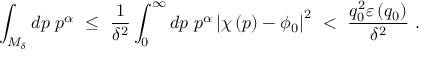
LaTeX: \int _ { M _ { \delta } } d p \; p ^ { \alpha } \ \leq \ \frac { 1 } { \delta ^ { 2 } } \int _ { 0 } ^ { \infty } d p \; p ^ { \alpha } \left| \chi \left( p \right) - \phi _ { 0 } \right| ^ { 2 } \ < \ \frac { q _ { 0 } ^ { 2 } \varepsilon \left( q _ { 0 } \right) } { \delta ^ { 2 } } \ .